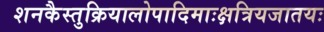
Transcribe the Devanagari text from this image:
शनकैस्तुक्रियालोपादिमाःक्षत्रियजातयः